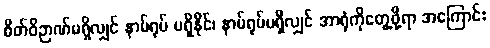
စိတ်ဝိဉာဏ်မရှိလျှင် နာမ်ရုပ် မရှိနိုင်၊ နာမ်ရုပ်မရှိလျှင် အာရုံကိုတွေ့ဖို့ရာ အကြောင်း